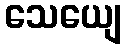
သေယျေ